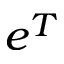
e ^ { T }